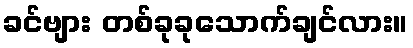
ခင်ဗျား တစ်ခုခုသောက်ချင်လား။